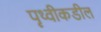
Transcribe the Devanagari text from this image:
पॄथ्वीकडील